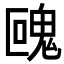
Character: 𩲰